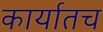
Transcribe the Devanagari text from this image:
कार्यातच